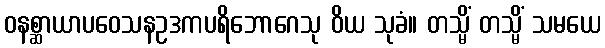
ဝနစ္ဆာယာပဝေသနဥဒကပရိဘောဂေသု ဝိယ သုခံ။ တသ္မိံ တသ္မိံ သမယေ